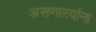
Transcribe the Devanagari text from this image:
असणाऱयांना